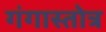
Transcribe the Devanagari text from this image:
गंगास्तोत्र